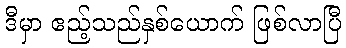
ဒီမှာ ဧည့်သည်နှစ်ယောက် ဖြစ်လာပြီ